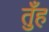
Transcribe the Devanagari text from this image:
तुँह